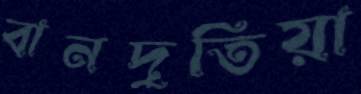
বানদুতিয়া